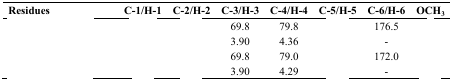
<table><thead><tr><td><b>Residues</b></td><td><b>C-1/H-1</b></td><td><b>C-2/H-2</b></td><td><b>C-3/H-3</b></td><td><b>C-4/H-4</b></td><td><b>C-5/H-5</b></td><td><b>C-6/H-6</b></td><td><b>OCH<sub>3</sub></b></td></tr></thead><tbody><tr><td>[EMPTY_CELL]</td><td>[EMPTY_CELL]</td><td>[EMPTY_CELL]</td><td>69.8</td><td>79.8</td><td>[EMPTY_CELL]</td><td>176.5</td><td>[EMPTY_CELL]</td></tr><tr><td>[EMPTY_CELL]</td><td>[EMPTY_CELL]</td><td>[EMPTY_CELL]</td><td>3.90</td><td>4.36</td><td>[EMPTY_CELL]</td><td>-</td><td>[EMPTY_CELL]</td></tr><tr><td>[EMPTY_CELL]</td><td>[EMPTY_CELL]</td><td>[EMPTY_CELL]</td><td>69.8</td><td>79.0</td><td>[EMPTY_CELL]</td><td>172.0</td><td>[EMPTY_CELL]</td></tr><tr><td>[EMPTY_CELL]</td><td>[EMPTY_CELL]</td><td>[EMPTY_CELL]</td><td>3.90</td><td>4.29</td><td>[EMPTY_CELL]</td><td>-</td><td>[EMPTY_CELL]</td></tr></tbody></table>